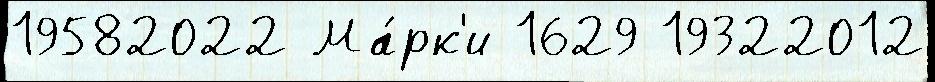
19582022 Ма́рк'и 1629 19322012